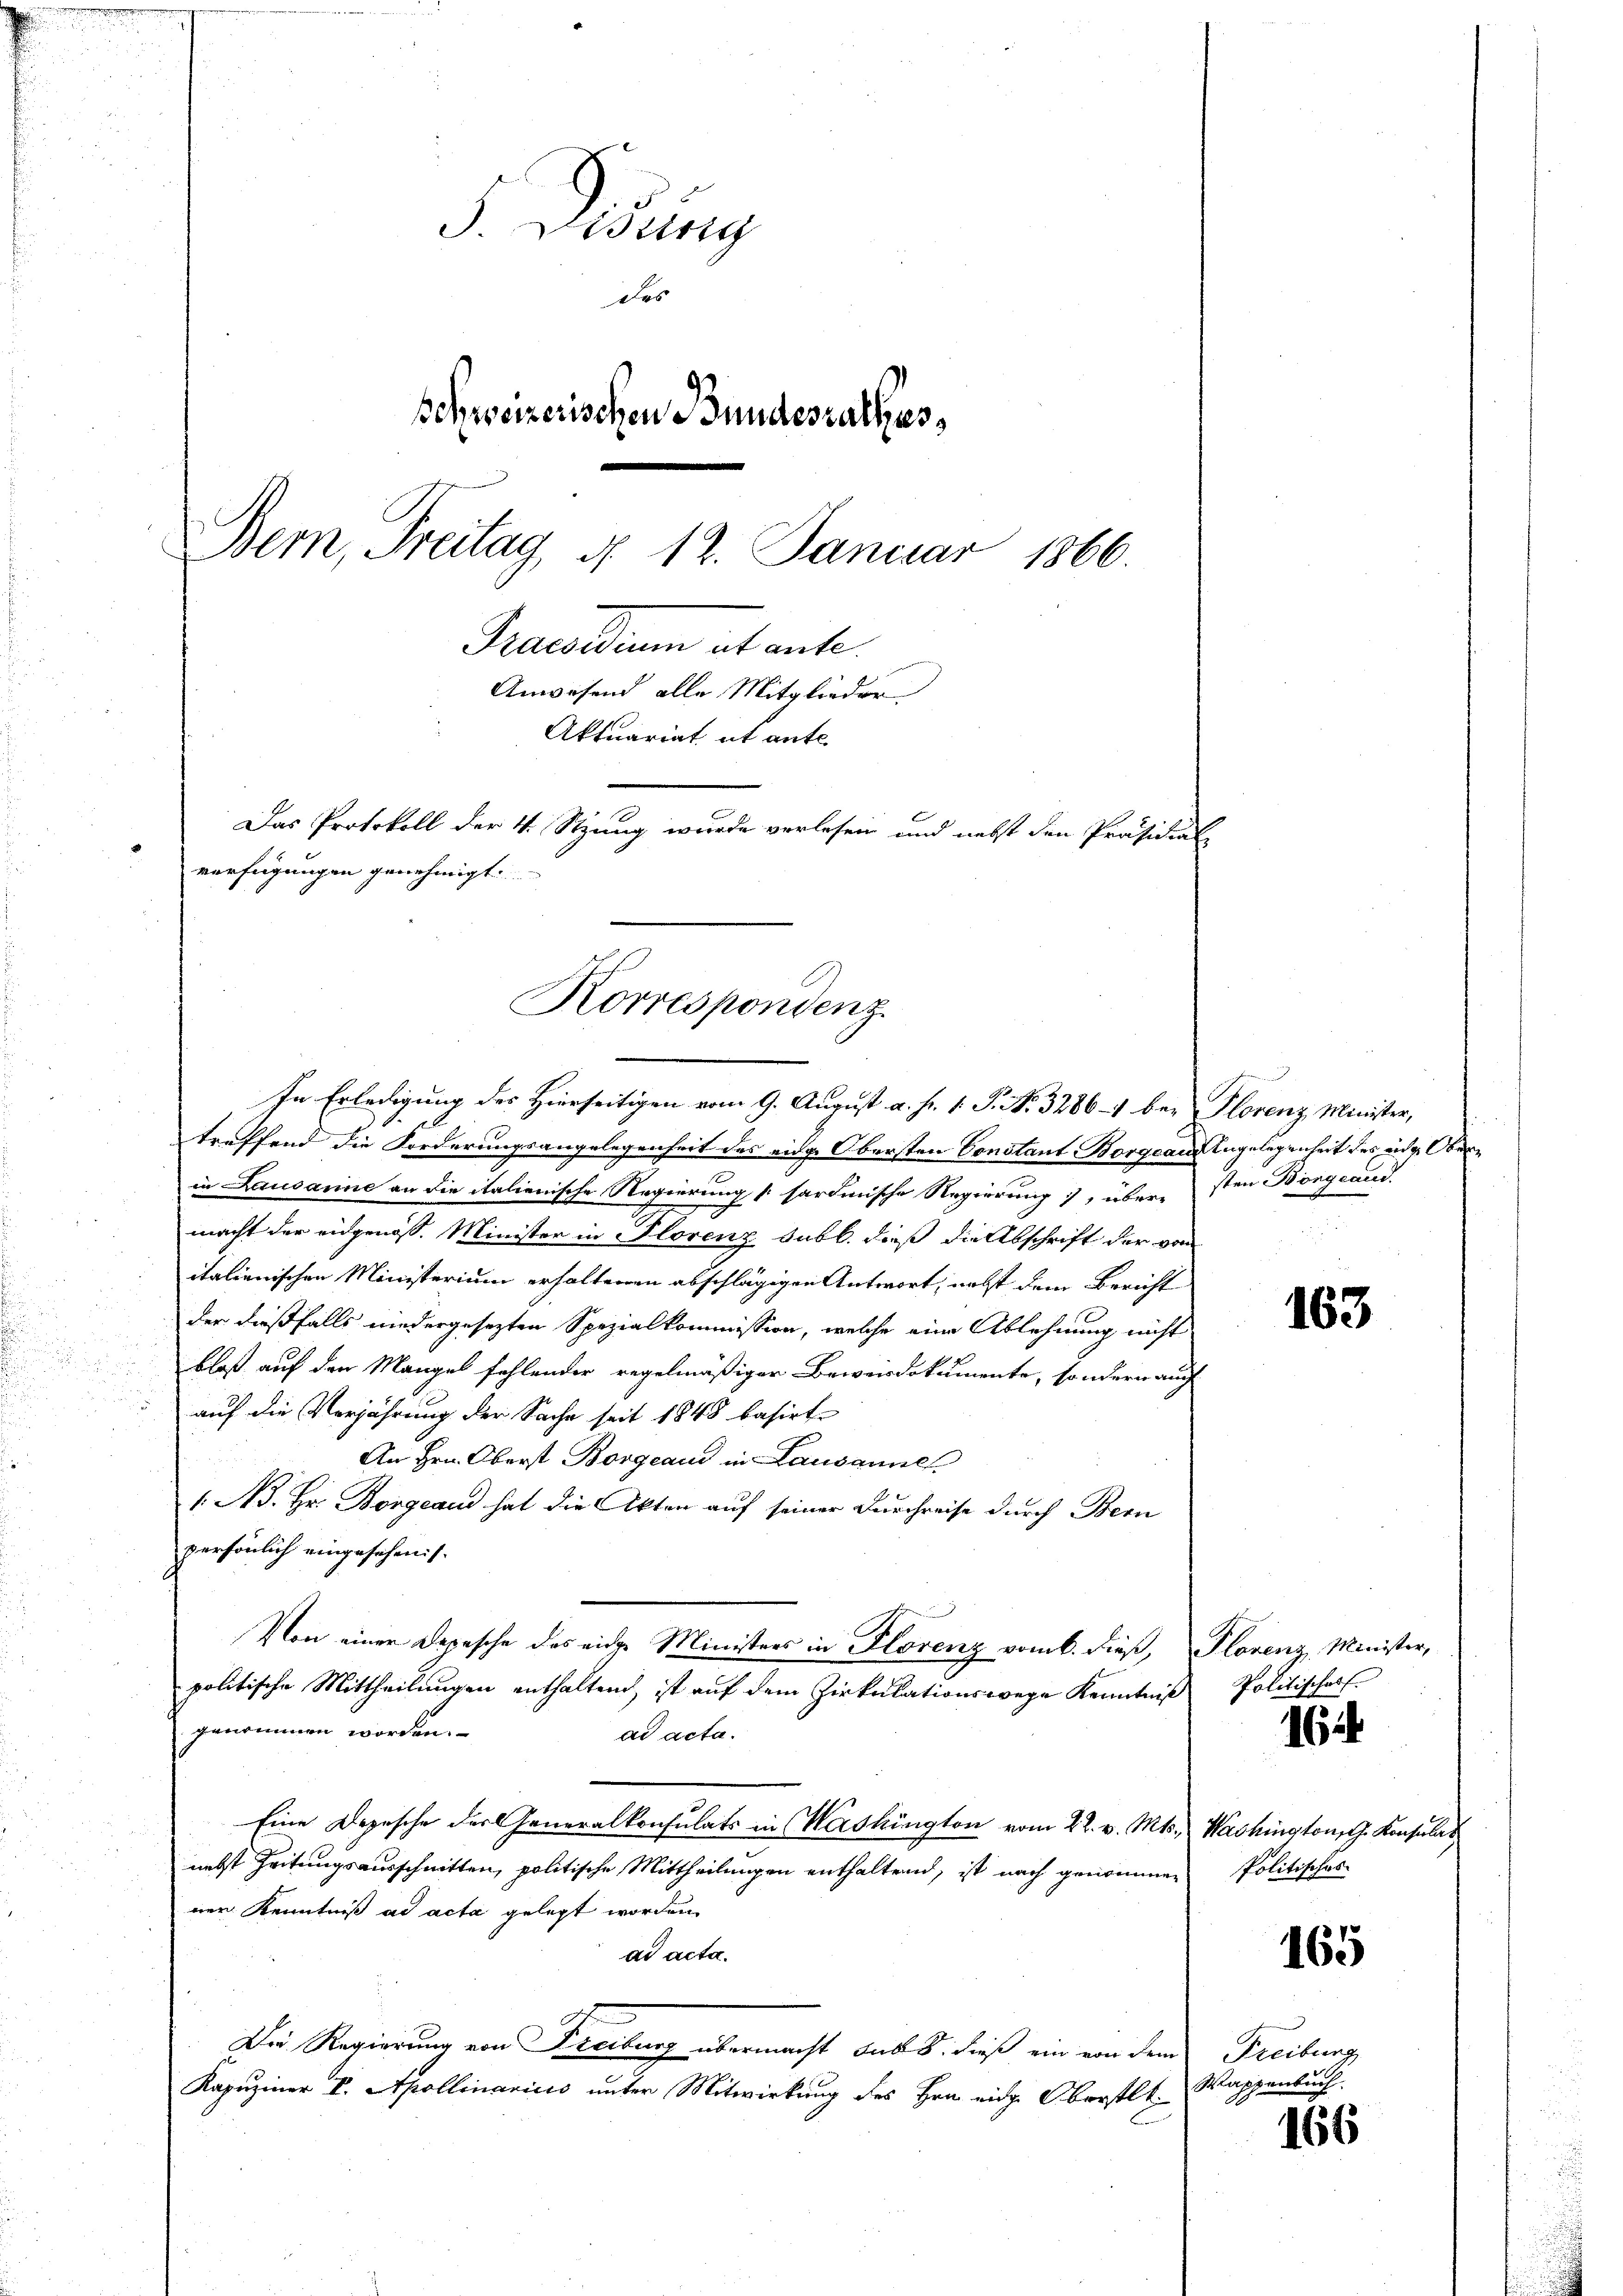
treffend die Forderungsangelegenheit des eidg. Obersten Constant Borgeaus Angelegenheit des einer Oberin Lausanne an die italienische Regierung [sardinische Regierung), übere sten Bongcand.
macht der eidgenoss. Minister in Florenz Sabb. dieß die Abschrift der von
italienischen Ministerium erhaltenen abschlägigen Antwort, nebst dem Bericht
der dießfalls niedergesezten Spezialkommission, welche eine Ablehnung nicht
bloß auf den Mangel fehlender regelmäßiger Beweisdokumente, sondern auch
auf die Verjährung der Sache seit 1848 basirte
An Hrn. Oberst Borgeaud in Lausanne
1. A. Hr. Borgeand hat die Akten auf seiner Durchreise durch Bern
persönlich eingesehens.
Von einer Depesche des eidge Ministers in Florenz vom 6. dieß, Florenz, Minister,
politische Mittheilungen enthaltend, ist auf dem Zirkulationswege Kenntnis Politische
genommen worden.
ad acta.
Eine Depesche der Generalkonsulats in Washington vom 22. v. Mts. Washington, G. Konsulat
nebst Zeitungsausschnitten, politische Mittheilungen enthaltend, ist nach genommen
ner Kenntniß ad acta gelegt worden.
ad acta.
Der Regierung von Freiburg übermacht das 8. dieß ein von dem Freiburg
Kapuziner V. Apollinarius unter Mitwirkung des Hrn. eidg. Oberstlt. Wappenbuch

J. Disung
des
Schweizerischen Bundesrathes,
Bern, Freitag, d. 12. Januar 1866.
Praesidium et aute
Anwesend alle Mitglieder
Aktuariat it ante.
Das Protokoll der 4 Stzung wurde verlesen und nebst den Präsidial-
verfügungen genehmigt.

Korrespondenz
In Erledigung des Hierseitigen vom 9. August a. p. 1. P. Nr. 3286-1 bey Florenz, Minister,

163

164

Politisches

165

166